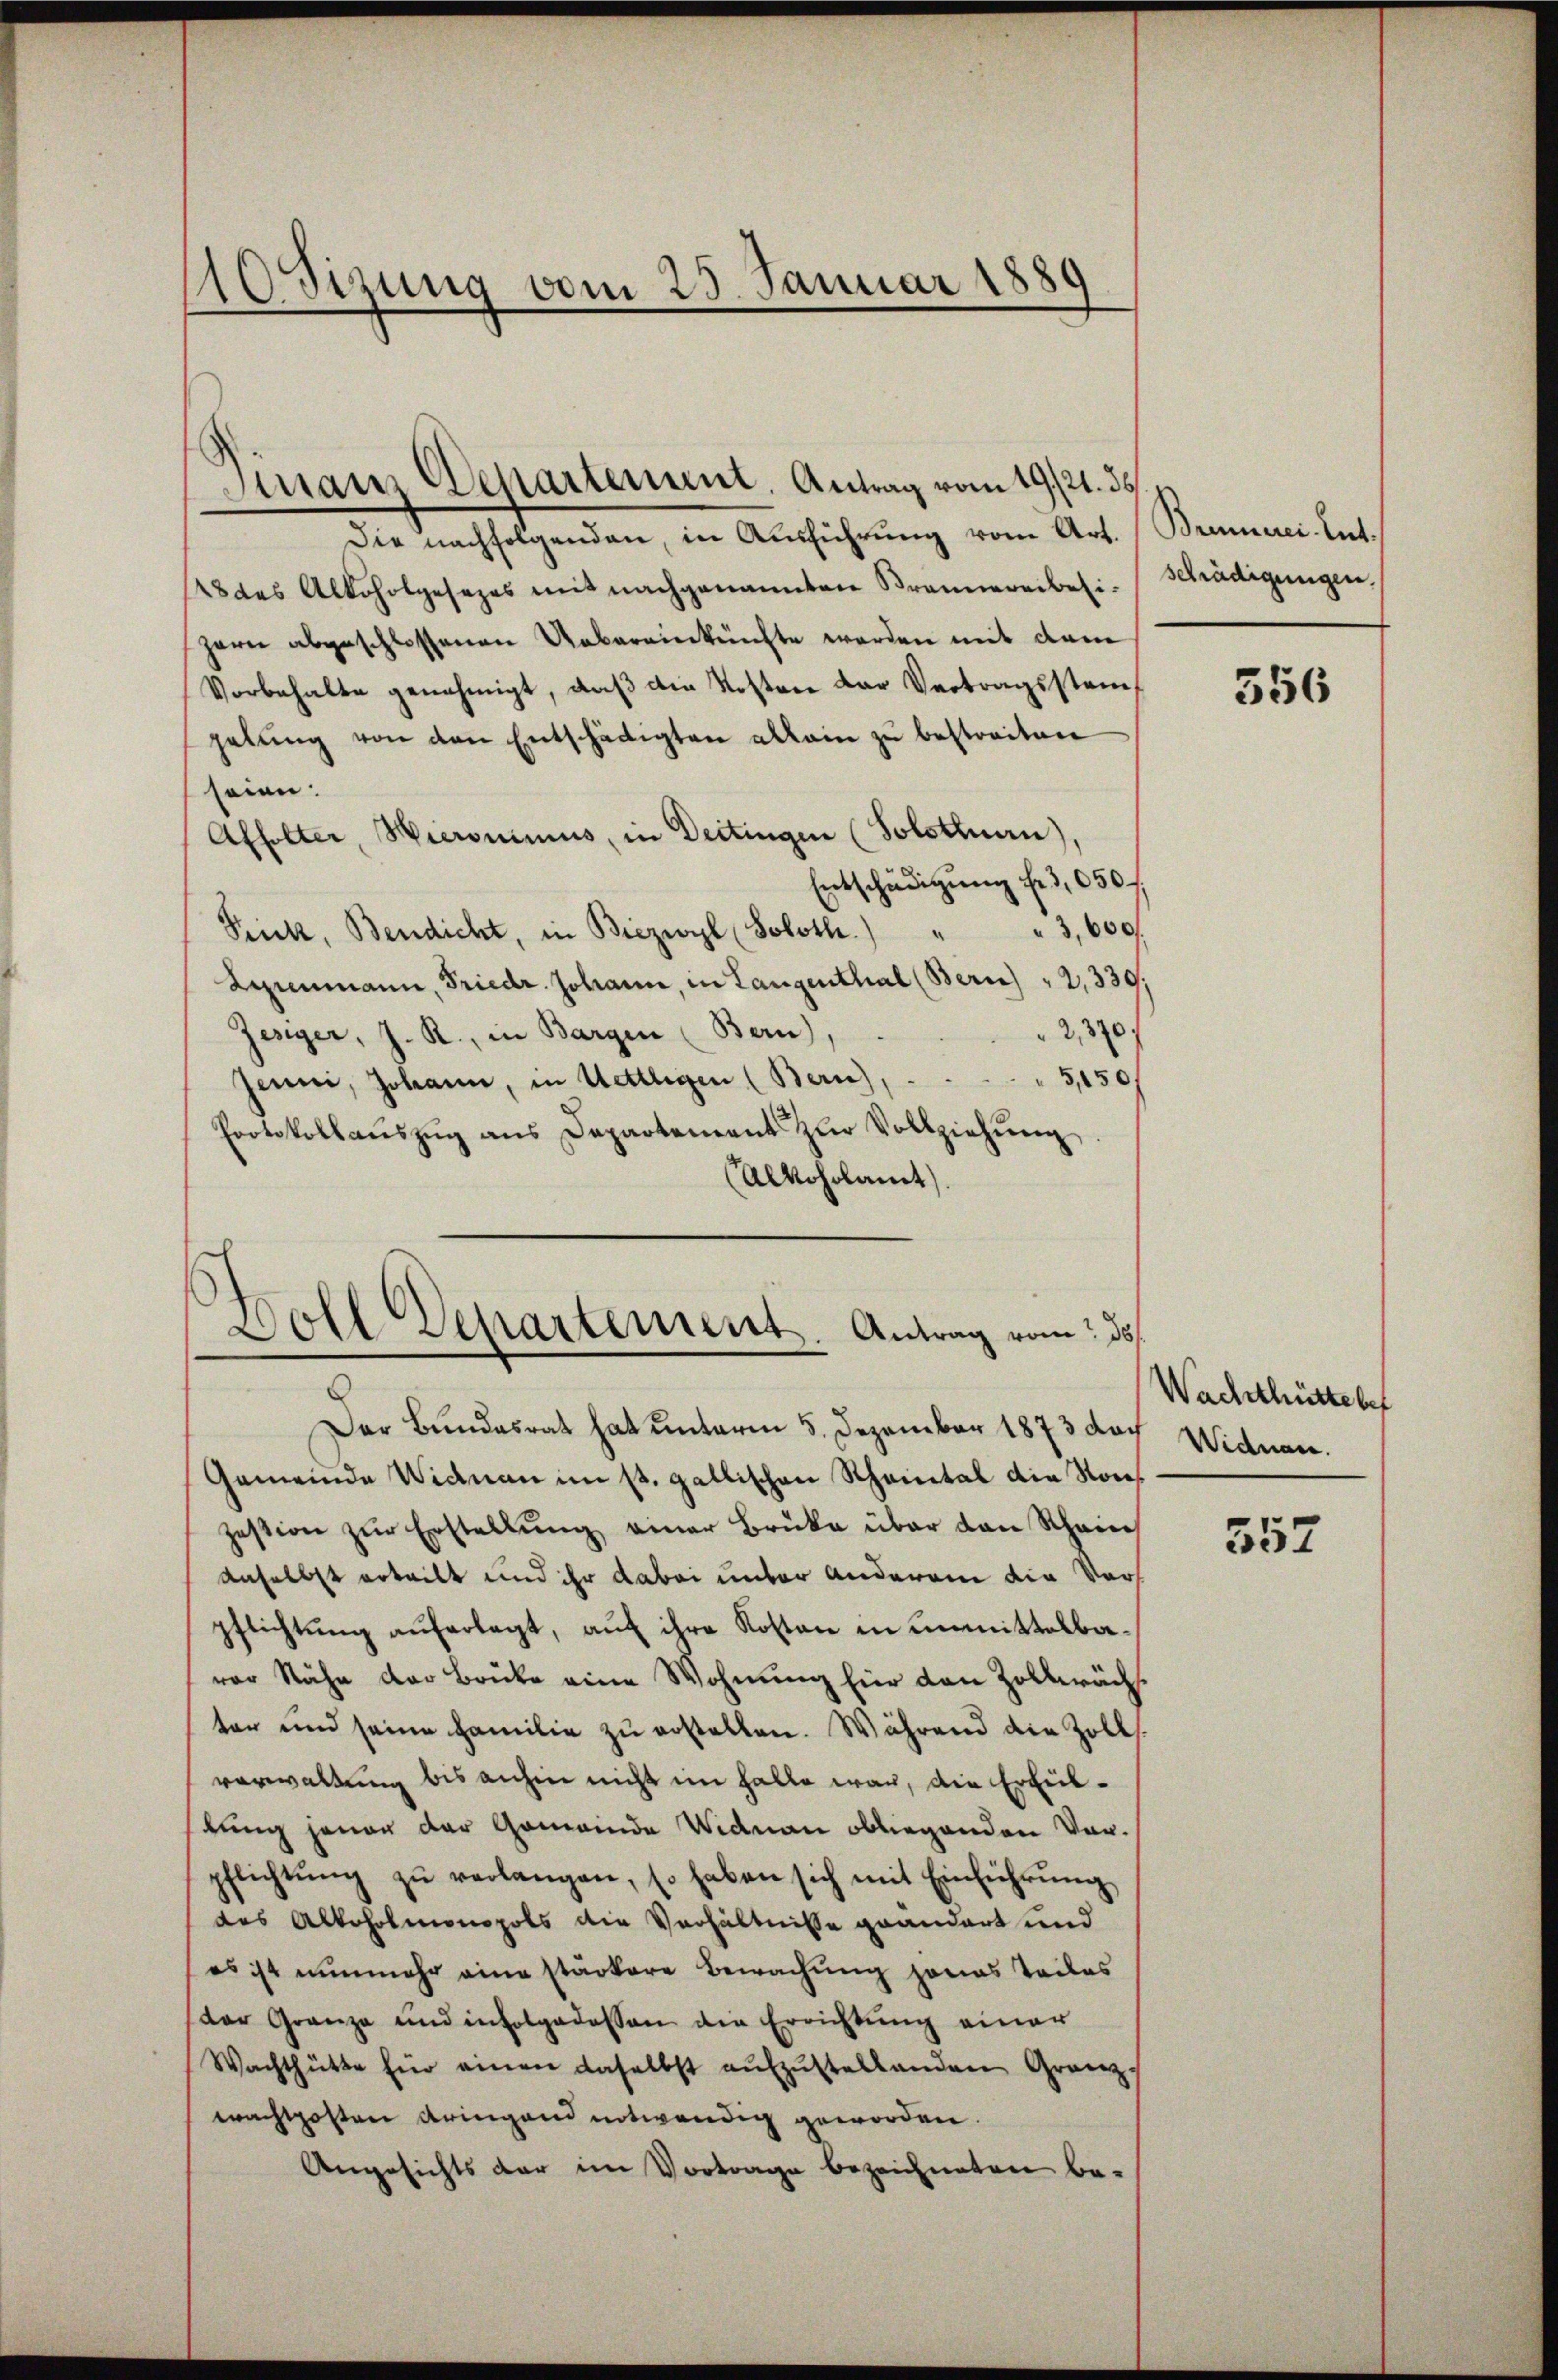
Stzung vom 25. Januar 1889
d

Die nachfolgenden, in Ausführung vom Art. Brennerei. Ent¬
28 des Alkoholgesezes mit nachgenannten Brennereibesi-Schädigungen.
Hern abgeschlossenen Uebereinkünfte werden mit dem
Vorbehalte genehmigt, daß die Kosten Dar Vertragsstenf
gelŭng von den Entschädigten allein zu bestreiten
seien:
Affolter, Wieronimus, in Deitingen (Solothurn),
Entschädigung fr. 3, 650.
Frick, Bendicht, in Biezwyl (Soloth.) " " 3,600.
Liienmann, Friedr. Johann, in Langenthal (Bern) " 2, 339,
2370.
Zesiger, J. R., in Bargen (Bern).
5,150f
Jenne, Johann, in Mettligen (Bern),
Protokollaŭszŭg ans Departement zŭr Vollziehŭng
(Alkoholamt

Finanz Departement. Antrag vom 19./21. ds

Boll Departement. Antrag vom 235.

Der Bundesrat hat unterm 5. Dezember 1873 doch Widman.
Gemeinde Widman im st. gallischen Scheintal die Konzession zŭr Erstellŭng einer Brüke über den Schrei
anselbst erteilt und ihr dabei unter anderen die Verpflichtung auferlegt, auf ihre Kosten in unmittelbaver Nähe der Brücke eine Wohnung für den Zolbräch
ter und seine Familie zŭ erstellen. Während die Zoll
verwaltung bis anhin nicht im Halle war, die Erfültung jenen der Gemeinde Widman obliegenden Vorpflichtŭng zŭ verlangen, so haben sich mit Einführŭng
des Alkoholmonopols die Verhältnisse geändert und
es ist nunmehr eine stärkere Bewachung jenes Teiles
der Granze und infolgedessen die Errichtŭng einer
Wachthütte für einen daselbst aufzustellenden Granz-
wachtposten dringend notwendig geworden.
Angesichts der im Vortrage bezeichneten be-

356

Wachthütte bef

552